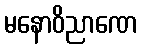
မနောဝိညာဏေ